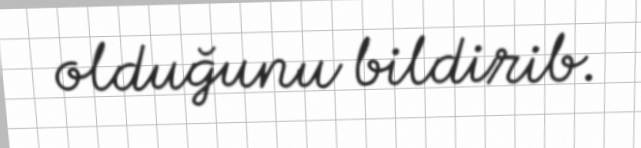
olduğunu bildirib.